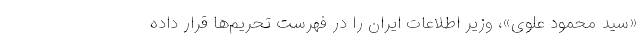
«سید محمود علوی»، وزیر اطلاعات ایران را در فهرست تحریم‌ها قرار داده